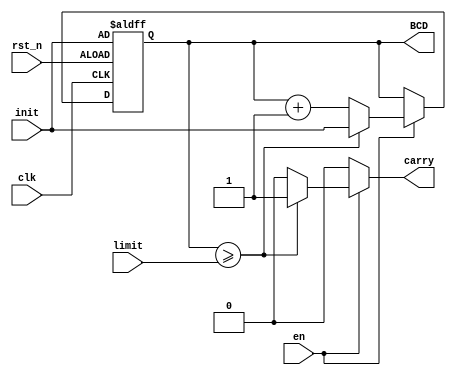
`timescale 1ns / 1ps
//////////////////////////////////////////////////////////////////////////////////
// Company: 
// Engineer: 
// 
// Design Name: 
// Module Name: BCD_counter
// Project Name: 
// Target Devices: 
// Tool Versions: 
// Description: 
// 
// Dependencies: 
// 
// Revision:
// Revision 0.01 - File Created
// Additional Comments:
// 
//////////////////////////////////////////////////////////////////////////////////


module BCD_counter(
    output reg [3:0] BCD,
    output reg carry,
    input [3:0] init,
    input [3:0] limit,
    input clk,
    input rst_n,
    input en
    );
    
     reg [3:0] next_BCD;
       
     always @(posedge clk or negedge rst_n)
     begin
         if(rst_n == 0)
            BCD <= init;
         else
            BCD <= next_BCD;
    end
       
    always @*
    begin
        if(en == 1'b0)
        begin
            next_BCD = BCD;
            carry = 1'b0;
        end
        else if(BCD >= limit)
        begin
            next_BCD = init;
            carry = 1'b1;
        end
        else
        begin
            next_BCD = BCD + 1;;
            carry = 1'b0;
        end
    end
       
endmodule